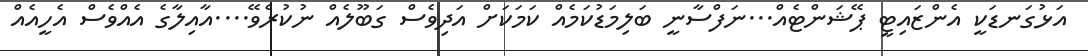
އަޅުގަނޑަކީ އެންޒައިޓީ ޕޭޝަންޓެއް...ނަފްސާނީ ބަލިމަޑުކަމެއް ކަމަކަށް އަދިވެސް ގަބޫލެއް ނުކުރެވޭ....އާއިލާގެ އެއްވެސް އެހީއެއް